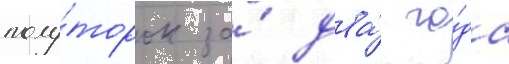
полу́торок за́ два́ го́да